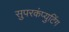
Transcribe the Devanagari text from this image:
सुपरकंप्युटिंग